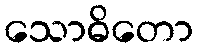
သောဓိတော